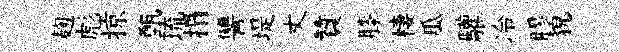
麹彪掠甄琉搨讐堤丈贊膝棲瓜驩冷膠貌